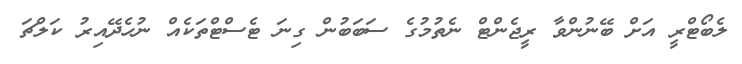
ލެބޯޓްރީ އަށް ބޭނުންވާ ރީޖެންޓް ނެތުމުގެ ސަބަބުން ގިނަ ޓެސްޓްތަކެއް ނުހެދޭއިރު ކަލްޗަ